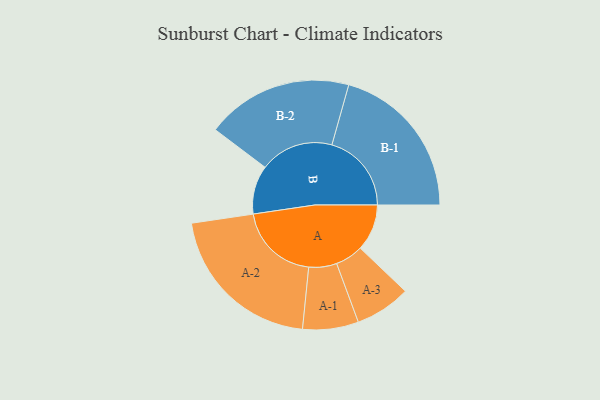
{"axis": {"x": "Segment", "y": "Value"}, "legend": ["", "A", "B"], "data": [{"x": "A", "y": 169, "type": ""}, {"x": "B", "y": 176, "type": ""}, {"x": "A-1", "y": 101, "type": "A"}, {"x": "A-2", "y": 294, "type": "A"}, {"x": "A-3", "y": 101, "type": "A"}, {"x": "B-1", "y": 288, "type": "B"}, {"x": "B-2", "y": 266, "type": "B"}]}